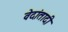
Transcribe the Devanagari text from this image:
वेदांतादी